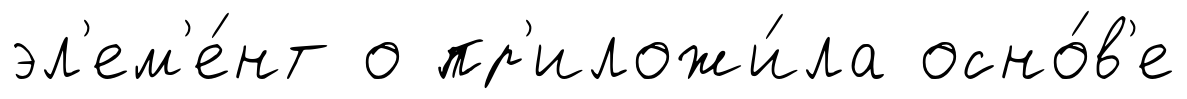
эл'ем'е́нт о пр'иложи́ла осно́в'е